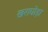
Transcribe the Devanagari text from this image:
खराघोड़ा